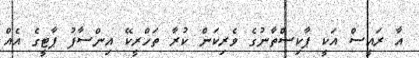
އާ ރައީސް އަކީ ޕާކިސްތާނުގެ ވެރިކަން ކުރާ ތަހްރީކޭ އިންސާފު ޕާޓީގެ އެއް